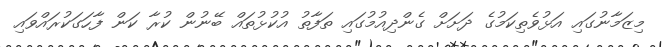
މިޒަމާނުގައި އަޅުވެތިކަމުގެ ދަށަށް ގެންދިއުމުގައި ތަފާތު އުކުޅުތައް ބޭނުން ކުރާ ކަން ފާހަގަކުރައްވައި